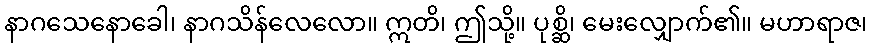
နာဂသေနောခေါ၊ နာဂသိန်လေလော။ ဣတိ၊ ဤသို့။ ပုစ္ဆိ၊ မေးလျှောက်၏။ မဟာရာဇ၊